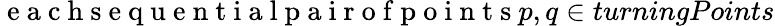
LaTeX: \mathrm{~e~a~c~h~s~e~q~u~e~n~t~i~a~l~p~a~i~r~o~f~p~o~i~n~t~s~}p,q\in turningPoints